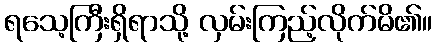
ရသေ့ကြီးရှိရာသို့ လှမ်းကြည့်လိုက်မိ၏။